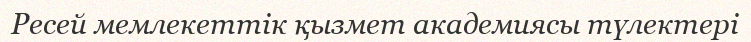
Ресей мемлекеттік қызмет академиясы түлектері